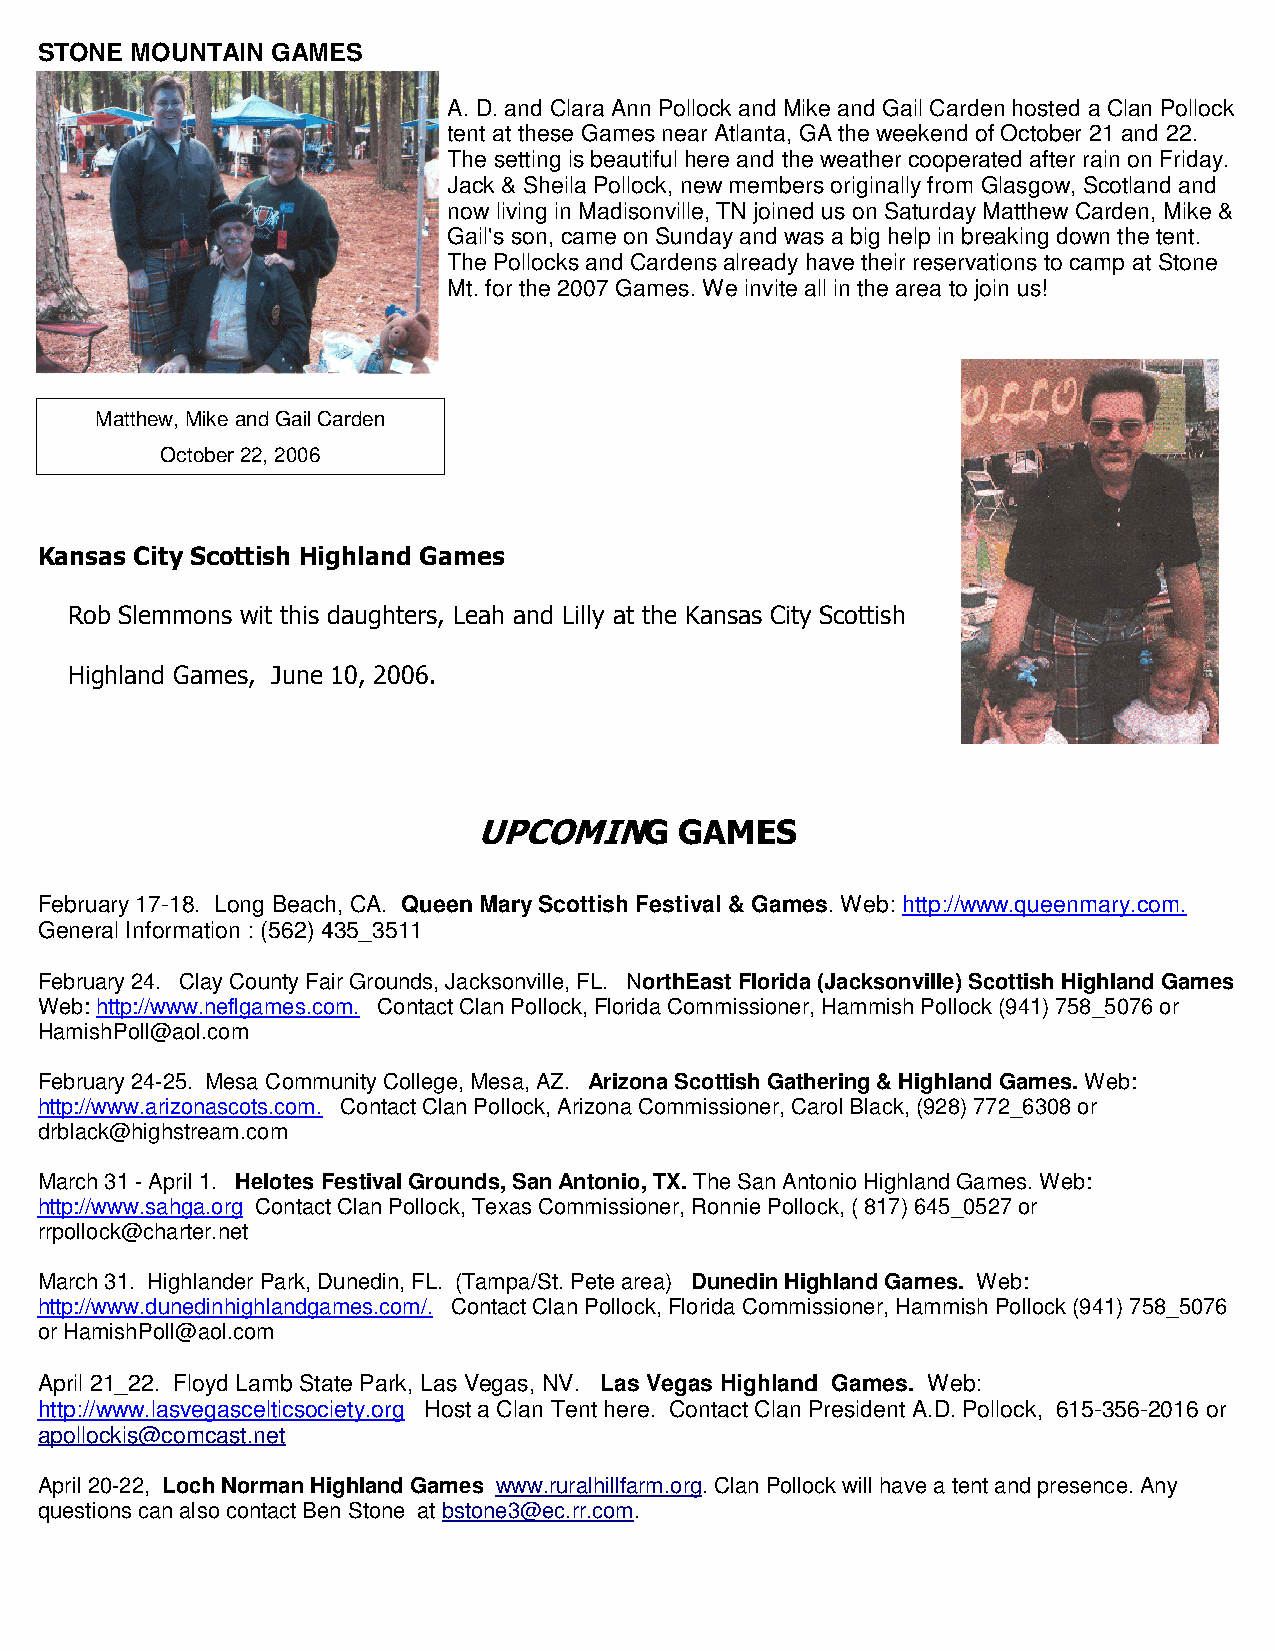
STONE  MOUNTAIN GAMES
 A. D. and Clara Ann Pollock and Mike and Gail Carden hosted a Clan Pollock
 tent at these Games near Atlanta, GA the weekend of October 21 and 22.
 The setting is beautiful here and the weather cooperated after rain on Friday.
 Jack & Sheila Pollock, new members originally from Glasgow, Scotland and
 now living in Madisonville, TN joined us on Saturday Matthew Carden, Mike &
 Gail's son, came on Sunday and was a big help in breaking down the tent.
 The Pollocks and Cardens already have their reservations to camp at Stone
 Mt. for the 2007 Games. We invite all in the area to join us!
 Matthew, Mike and Gail Carden
 October 22, 2006
 Kansas City Scottish Highland Games
 Rob Slemmons wit this daughters, Leah and Lilly at the Kansas City Scottish
 Highland Games, June 10, 2006.
 UPCOMING     GAMES
 February 17-18. Long Beach, CA. Queen Mary Scottish Festival & Games. Web: http://www.queenmary.com.
 General Information : (562) 435_3511
 February 24. Clay County Fair Grounds, Jacksonville, FL. NorthEast Florida (Jacksonville) Scottish Highland Games
 Web: http://www.neflgames.com. Contact Clan Pollock, Florida Commissioner, Hammish Pollock (941) 758_5076 or
 HamishPoll@aol.com
 February 24-25. Mesa Community College, Mesa, AZ. Arizona Scottish Gathering & Highland Games. Web:
 http://www.arizonascots.com. Contact Clan Pollock, Arizona Commissioner, Carol Black, (928) 772_6308 or
 drblack@highstream.com
 March 31 - April 1. Helotes Festival Grounds, San Antonio, TX. The San Antonio Highland Games. Web:
 http://www.sahga.org Contact Clan Pollock, Texas Commissioner, Ronnie Pollock, ( 817) 645_0527 or
 rrpollock@charter.net
 March 31. Highlander Park, Dunedin, FL. (Tampa/St. Pete area) Dunedin Highland Games. Web:
 http://www.dunedinhighlandgames.com/. Contact Clan Pollock, Florida Commissioner, Hammish Pollock (941) 758_5076
 or HamishPoll@aol.com
 April 21_22. Floyd Lamb State Park, Las Vegas, NV. Las Vegas Highland Games. Web:
 http://www.lasvegascelticsociety.org Host a Clan Tent here. Contact Clan President A.D. Pollock, 615-356-2016 or
 apollockis@comcast.net
 April 20-22, Loch Norman Highland Games www.ruralhillfarm.org. Clan Pollock will have a tent and presence. Any
 questions can also contact Ben Stone at bstone3@ec.rr.com.